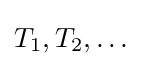
T_{1},T_{2},\ldots